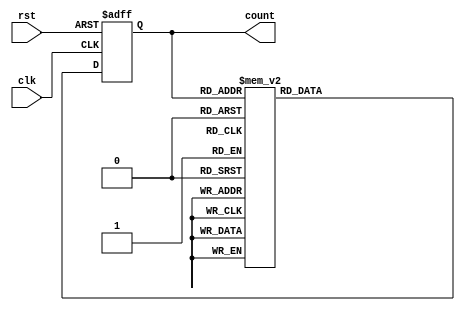
// Simulation of a 4-bit gray code counter using a finite state machine.
//
// License: 0BSD

// Defines timescale for simulation: <time_unit> / <time_precision>
`timescale 1 ns / 1 ps

// 4-bit gray code counter FSM
module gray_counter (

    // Inputs
    input               clk,
    input               rst,
    
    // Outputs
    output  reg [3:0]   count
);

    // State machine transitions (with simulated delays)
    always @ (posedge clk or posedge rst) begin
        if (rst == 1'b1) begin
            count <= 0;
        end else begin
            case (count)                            // Gray code state
                4'b0000:    #1 count <= 4'b0001;    // 0
                4'b0001:    #1 count <= 4'b0011;    // 1
                4'b0011:    #1 count <= 4'b0010;    // 2
                4'b0010:    #1 count <= 4'b0110;    // 3
                4'b0110:    #1 count <= 4'b0111;    // 4
                4'b0111:    #1 count <= 4'b0101;    // 5
                4'b0101:    #1 count <= 4'b0100;    // 6
                4'b0100:    #1 count <= 4'b1100;    // 7
                4'b1100:    #1 count <= 4'b1101;    // 8
                4'b1101:    #1 count <= 4'b1111;    // 9
                4'b1111:    #1 count <= 4'b1110;    // 10
                4'b1110:    #1 count <= 4'b1010;    // 11
                4'b1010:    #1 count <= 4'b1011;    // 12
                4'b1011:    #1 count <= 4'b1001;    // 13
                4'b1001:    #1 count <= 4'b1000;    // 14
                4'b1000:    #1 count <= 4'b0000;    // 15
                default:    #1 count <= 4'b0000;
            endcase
        end
    end
    
endmodule

// Define our testbench
module gray_counter_tb();

    // Simulation time: 10000 * 1 ns = 10000 ns
    localparam DURATION = 10000;

    // Internal signals
    wire    [3:0]   out;
    
    // Internal storage elements
    reg             clk = 0;
    reg             rst = 0;
    
    // Generate clock signal: 1 / ((2 * 4.167) * 1 ns) = 119,990,400.77 Hz
    always begin
        #4.167
        clk = ~clk;
    end
    
    // Instantiate gray code counter
    gray_counter gray (.clk(clk), .rst(rst), .count(out));
    
    // Pulse reset line high at the beginning
    initial begin
        #10
        rst = 1;
        #1
        rst = 0;
    end
    
    // Run simulation (output to .vcd file)
    initial begin
    
        // Create simulation output file 
        $dumpfile("gray-code-counter_tb.vcd");
        $dumpvars(0, gray_counter_tb);
        
        // Wait for given amount of time for simulation to complete
        #(DURATION)
        
        // Notify and end simulation
        $display("Finished!");
        $finish;
    end
    
endmodule